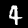
Digit: 4